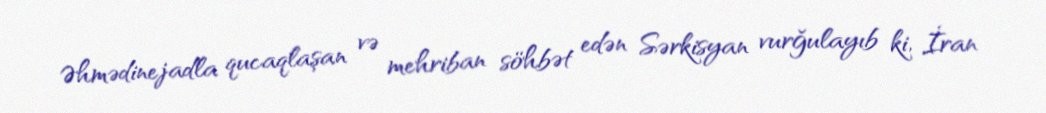
Əhmədinejadla qucaqlaşan və mehriban söhbət edən Sərkisyan vurğulayıb ki, İran